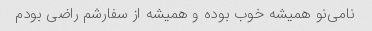
نامی‌نو همیشه خوب بوده و همیشه از سفارشم راضی بودم